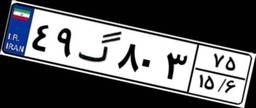
۴۹گ۸۰۳۷۵